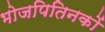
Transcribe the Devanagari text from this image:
भोजपितिनकों